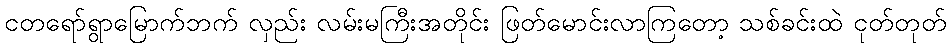
ငတရော်ရွာမြောက်ဘက် လှည်း လမ်းမကြီးအတိုင်း ဖြတ်မောင်းလာကြတော့ သစ်ခင်းထဲ ငုတ်တုတ်